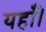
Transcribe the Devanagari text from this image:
यहाँ।